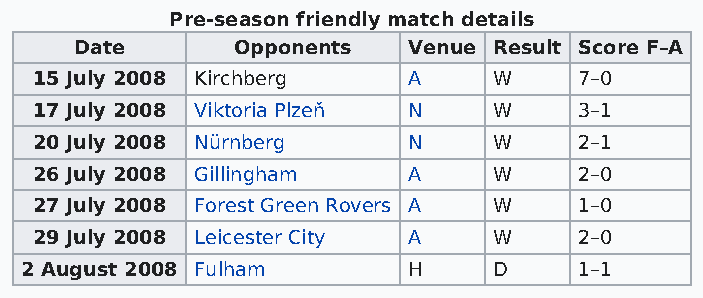
Pre-season friendly match details
 Date      Opponents   Venue Result Score F–A
 15 July 2008 Kirchberg   A     W    7–0
 17 July 2008 Viktoria Plzeň N  W    3–1
 20 July 2008 Nürnberg    N     W    2–1
 26 July 2008 Gillingham  A     W    2–0
 27 July 2008 Forest Green Rovers A W 1–0
 29 July 2008 Leicester City A  W    2–0
 2 August 2008 Fulham      H     D    1–1